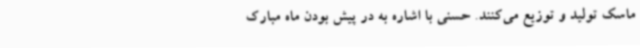
ماسک تولید و توزیع می‌کنند. حسنی با اشاره به در پیش بودن ماه مبارک